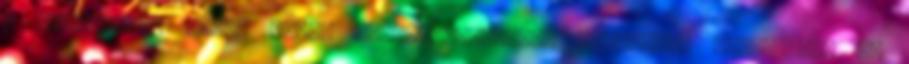
a határozott ideig tartó szabadságvesztés hátralévő része egy év